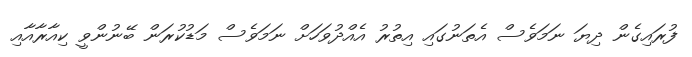
ފުރައިގެން ދިޔަ ނަމަވެސް އެތަނުގައި އިތުރު އެއްދުވަހަށް ނަމަވެސް މަޑުކުރަން ބޭނުންވީ ކިއާރާއާއި